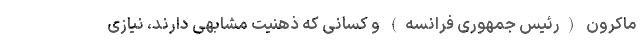
ماکرون (رئیس جمهوری فرانسه) و کسانی که ذهنیت مشابهی دارند، نیازی